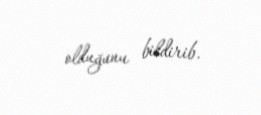
olduğunu bildirib.